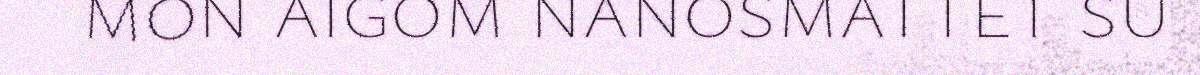
mon aigom nanosmattet su